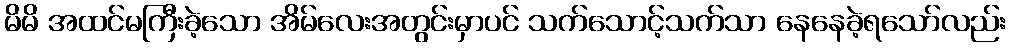
မိမိ အထင်မကြီးခဲ့သော အိမ်လေးအတွင်းမှာပင် သက်သောင့်သက်သာ နေနေခဲ့ရသော်လည်း